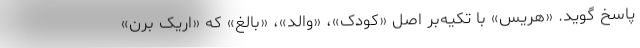
پاسخ گوید. «هریس» با تکیه‌بر اصل «کودک»، «والد»، «بالغ» که «اریک برن»